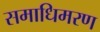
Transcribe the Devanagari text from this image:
समाधिमरण